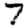
Digit: 7